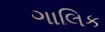
ગાલિક